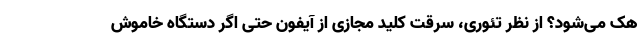
هک می‌شود؟ از نظر تئوری، سرقت کلید مجازی از آیفون حتی اگر دستگاه خاموش